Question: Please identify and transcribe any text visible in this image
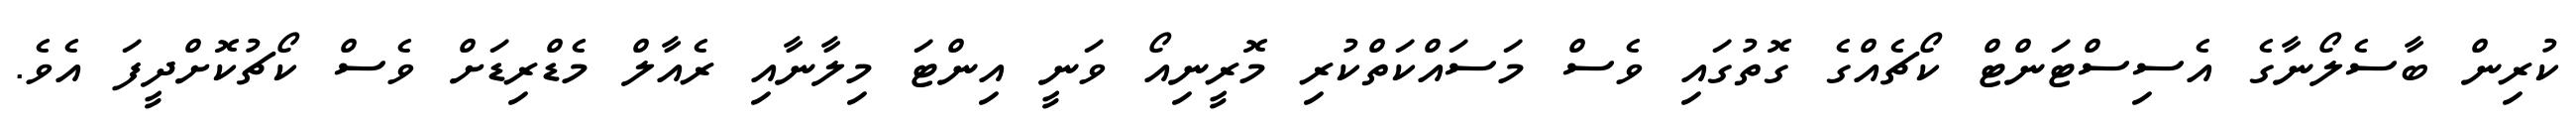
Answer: ކުރިން ބާސެލޯނާގެ އެސިސްޓަންޓް ކޯޗެއްގެ ގޮތުގައި ވެސް މަސައްކަތްކުރި މޮރީނިއޯ ވަނީ އިންޓަ މިލާނާއި ރެއާލް މެޑްރިޑަށް ވެސް ކޯޗުކޮށްދީފަ އެވެ.